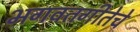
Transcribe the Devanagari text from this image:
भगवतगीतेचे